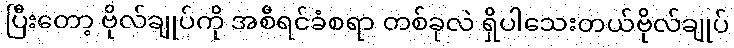
ပြီးတော့ ဗိုလ်ချုပ်ကို အစီရင်ခံစရာ တစ်ခုလဲ ရှိပါသေးတယ်ဗိုလ်ချုပ်